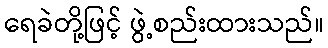
ရေခဲတို့ဖြင့် ဖွဲ့စည်းထားသည်။